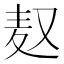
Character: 𮮃